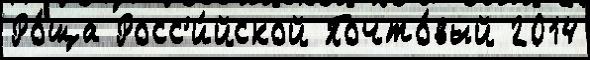
Ро́ща Росс'и́йской Почто́вый 2014